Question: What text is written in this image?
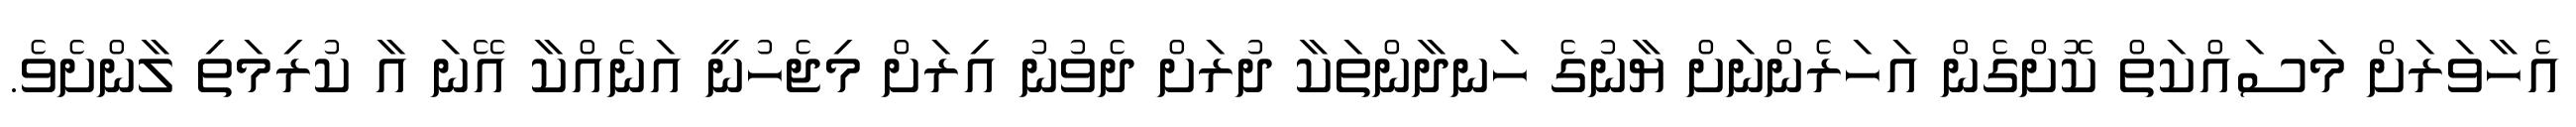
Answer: އެހާވަރަށް މަސައްކަތް ކޮށްގެން އަހަރެންނަށް ޔާނުގެ ހަނދާންތަކާ ދުރަށް ދެވުނު އިރަށް މިޖެހުނީ އަނެއްކާ އޭނަ އާ ކުރިމަތި ލާންށެވެ.